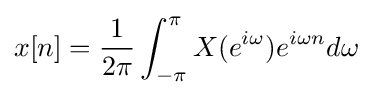
x[n]={\frac {1}{2\pi }}\int _{-\pi }^{\pi }X(e^{i\omega })e^{i\omega n}d\omega